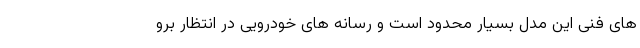
های فنی این مدل بسیار محدود است و رسانه های خودرویی در انتظار برو